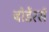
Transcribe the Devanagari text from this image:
बोर्डेरर्स